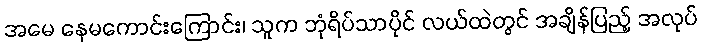
အမေ နေမကောင်းကြောင်း၊ သူက ဘုံရိပ်သာပိုင် လယ်ထဲတွင် အချိန်ပြည့် အလုပ်